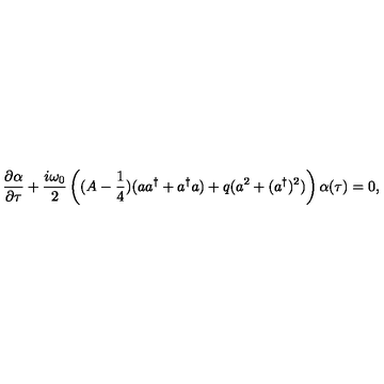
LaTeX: \frac { \partial \alpha } { \partial \tau } + \frac { i \omega _ { 0 } } 2 \left( ( A - \frac 1 4 ) ( a a ^ { \dag } + a ^ { \dag } a ) + q ( a ^ { 2 } + ( a ^ { \dag } ) ^ { 2 } ) \right) \alpha ( \tau ) = 0 ,